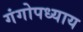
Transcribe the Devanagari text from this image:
गंगोपध्याय